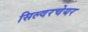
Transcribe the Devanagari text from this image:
सिल्वरचेयर